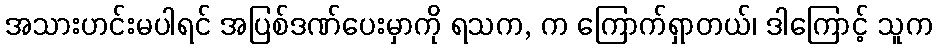
အသားဟင်းမပါရင် အပြစ်ဒဏ်ပေးမှာကို ရသက, က ကြောက်ရှာတယ်၊ ဒါကြောင့် သူက